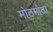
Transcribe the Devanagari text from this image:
मोठमोठा